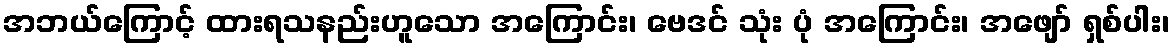
အဘယ်ကြောင့် ထားရသနည်းဟူသော အကြောင်း၊ ဗေဒင် သုံး ပုံ အကြောင်း၊ အဖျော် ရှစ်ပါး၊